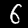
Label: 6